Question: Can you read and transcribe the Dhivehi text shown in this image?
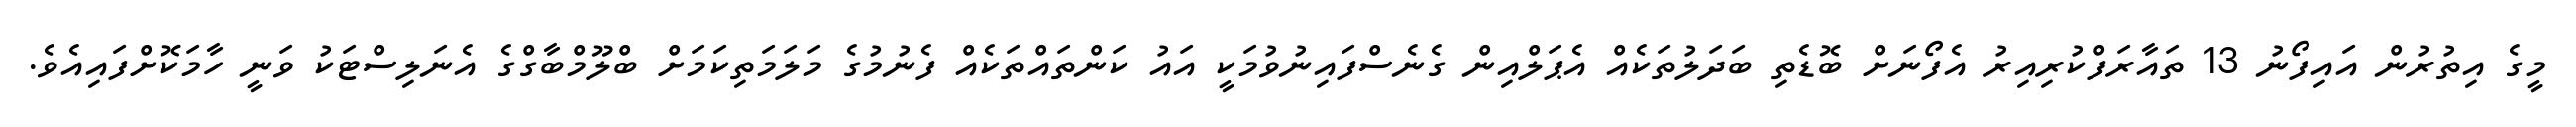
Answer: މީގެ އިތުރުން އައިފޯނު 13 ތައާރަފްކުރިއިރު އެފޯނަށް ބޮޑެތި ބަދަލުތަކެއް އެޕަލްއިން ގެނެސްފައިނުވުމަކީ އައު ކަންތައްތަކެއް ފެނުމުގެ މަލަމަތިކަމަށް ބްލޫމްބާގްގެ އެނަލިސްޓަކު ވަނީ ހާމަކޮށްފައިއެވެ.